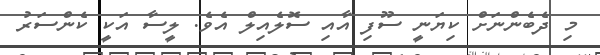
މި ދެބެންނަށް ކިޔަނީ ސޫފި އާއި ސޮލެއިލް އެވެ. ލީސާ އަކީ ކެންސަރު